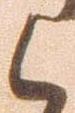
候